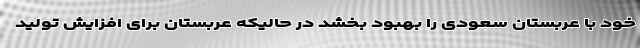
خود با عربستان سعودی را بهبود بخشد در حالیکه عربستان برای افزایش تولید